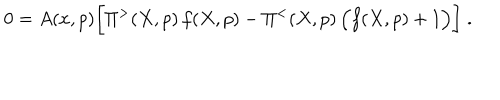
0 = A ( x , p ) \bigg [ \Pi ^ { > } ( X , p ) \, f ( X , p ) - \Pi ^ { < } ( X , p ) \, \Big ( f ( X , p ) + 1 \Big ) \bigg ] \; .